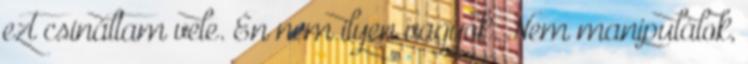
ezt csináltam vele. Én nem ilyen vagyok. Nem manipulálok,